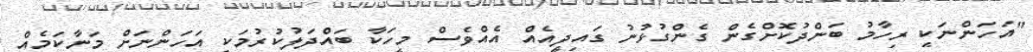
"އަހަންނަކީ ރިހާމު ބަންދުކޮށްގެން ގެންގުޅުނު ގައިދީއެއް އެއްވެސް މީހަކާ ބައްދަލުކުރުމަކީ އަހަންނަށް މަނާކަމެއް